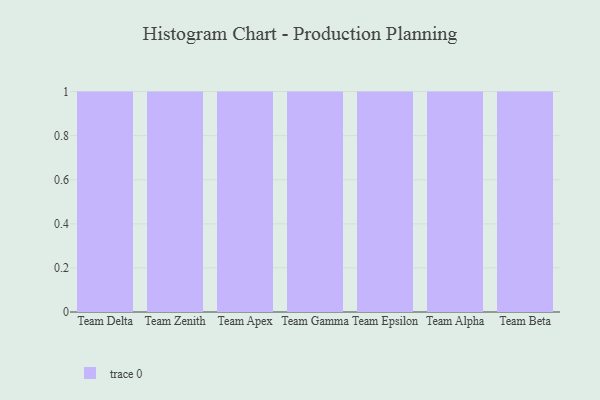
{"axis": {"x": "Team", "y": "Inventory Turnover"}, "legend": [""], "data": [{"x": "Team Delta", "y": 34, "type": ""}, {"x": "Team Zenith", "y": 63, "type": ""}, {"x": "Team Apex", "y": 91, "type": ""}, {"x": "Team Gamma", "y": 68, "type": ""}, {"x": "Team Epsilon", "y": 43, "type": ""}, {"x": "Team Alpha", "y": 30, "type": ""}, {"x": "Team Beta", "y": 90, "type": ""}]}